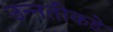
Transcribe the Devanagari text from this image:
उन्‍नतीकडे